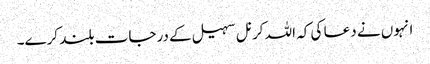
انہوں نے دعا کی کہ اللہ کرنل سہیل کے درجات بلند کرے۔